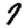
Digit: 7